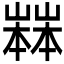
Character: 𡽒